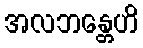
အလဘန္တေဟိ